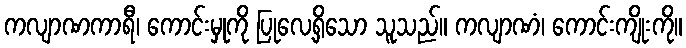
ကလျာဏကာရီ၊ ကောင်းမှုကို ပြုလေ့ရှိသော သူသည်။ ကလျာဏံ၊ ကောင်းကျိုးကို။